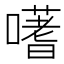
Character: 𭋦